Malarial fevers
Disease focus: Malaria
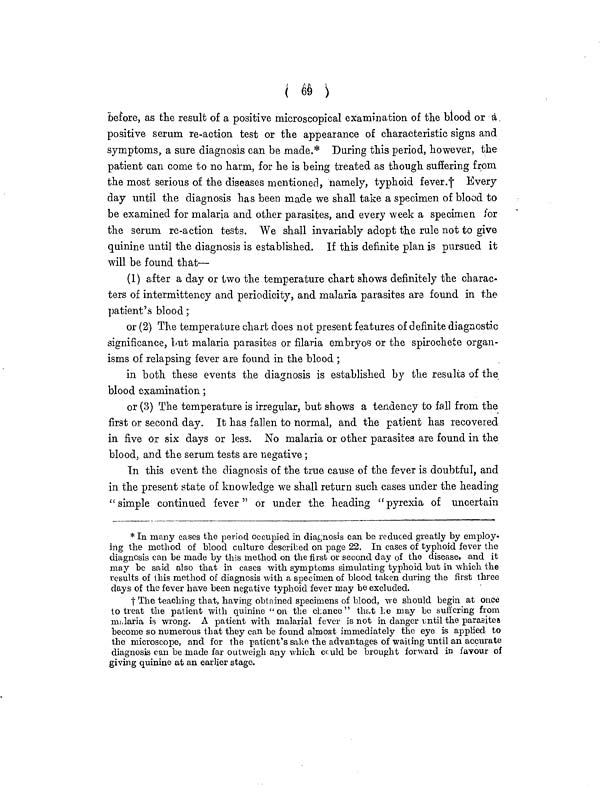
( 69 )
Before, as the result of a positive microscopical examination of the blood or a
positive serum re-action test or the appearance of characteristic signs and
symptoms, a sure diagnosis can be made.* During this period, however, the
patient can come to no harm, for he is being treated as though suffering from
the most serious of the diseases mentioned, namely, typhoid fever.† Every
day until the diagnosis has been made we shall take a specimen of blood to
be examined for malaria and other parasites, and every week a specimen for
the serum re-action tests. We shall invariably adopt the rule not to give
quinine until the diagnosis is established. If this definite plan is pursued it
will be found that—
(1) after a day or two the temperature chart shows definitely the charac-
ters of interrmttency and periodicity, and malaria parasites are found in the
patient's blood ;
or (2) The temperature chart does not present features of definite diagnostic
significance, but malaria parasites or filaria embryos or the spirochete organ-
isms of relapsing fever are found in the blood ;
in both these events the diagnosis is established by the results of the
blood examination ;
or (3) The temperature is irregular, but shows a tendency to fall from the
first or second day. It has fallen to normal, and the patient has recovered
in five or six days or less. No malaria or other parasites are found in the
blood, and the serum tests are negative;
In this event the diagnosis of the true cause of the fever is doubtful, and
in the present state of knowledge we shall return such cases under the heading
"simple continued fever " or under the heading "pyrexia of uncertain
* In many cases the period occupied in diagnosis can be reduced greatly by employ.
ing the method of blood culture described on page 22. In cases of typhoid fever the
diagnosis can be made by this method on the first or second day of the disease, and it
may be said also that in cases with symptoms simulating typhoid but in which the
results of this method of diagnosis with a specimen of blood taken during the first three
days of the fever have been negative typhoid fever may be excluded.
† The teaching that, having obtained specimens of blood, we should begin at once
to treat the patient with quinine "on the chance" that he may be suffering from
malaria is wrong. A patient with malarial fever is not in danger until the parasites
become so numerous that they can be found almost immediately the eye is applied to
the microscope, and for the patient's sake the advantages of waiting until an accurate
diagnosis can be made far outweigh any which could be brought forward in favour of
giving quinine at an earlier stage.